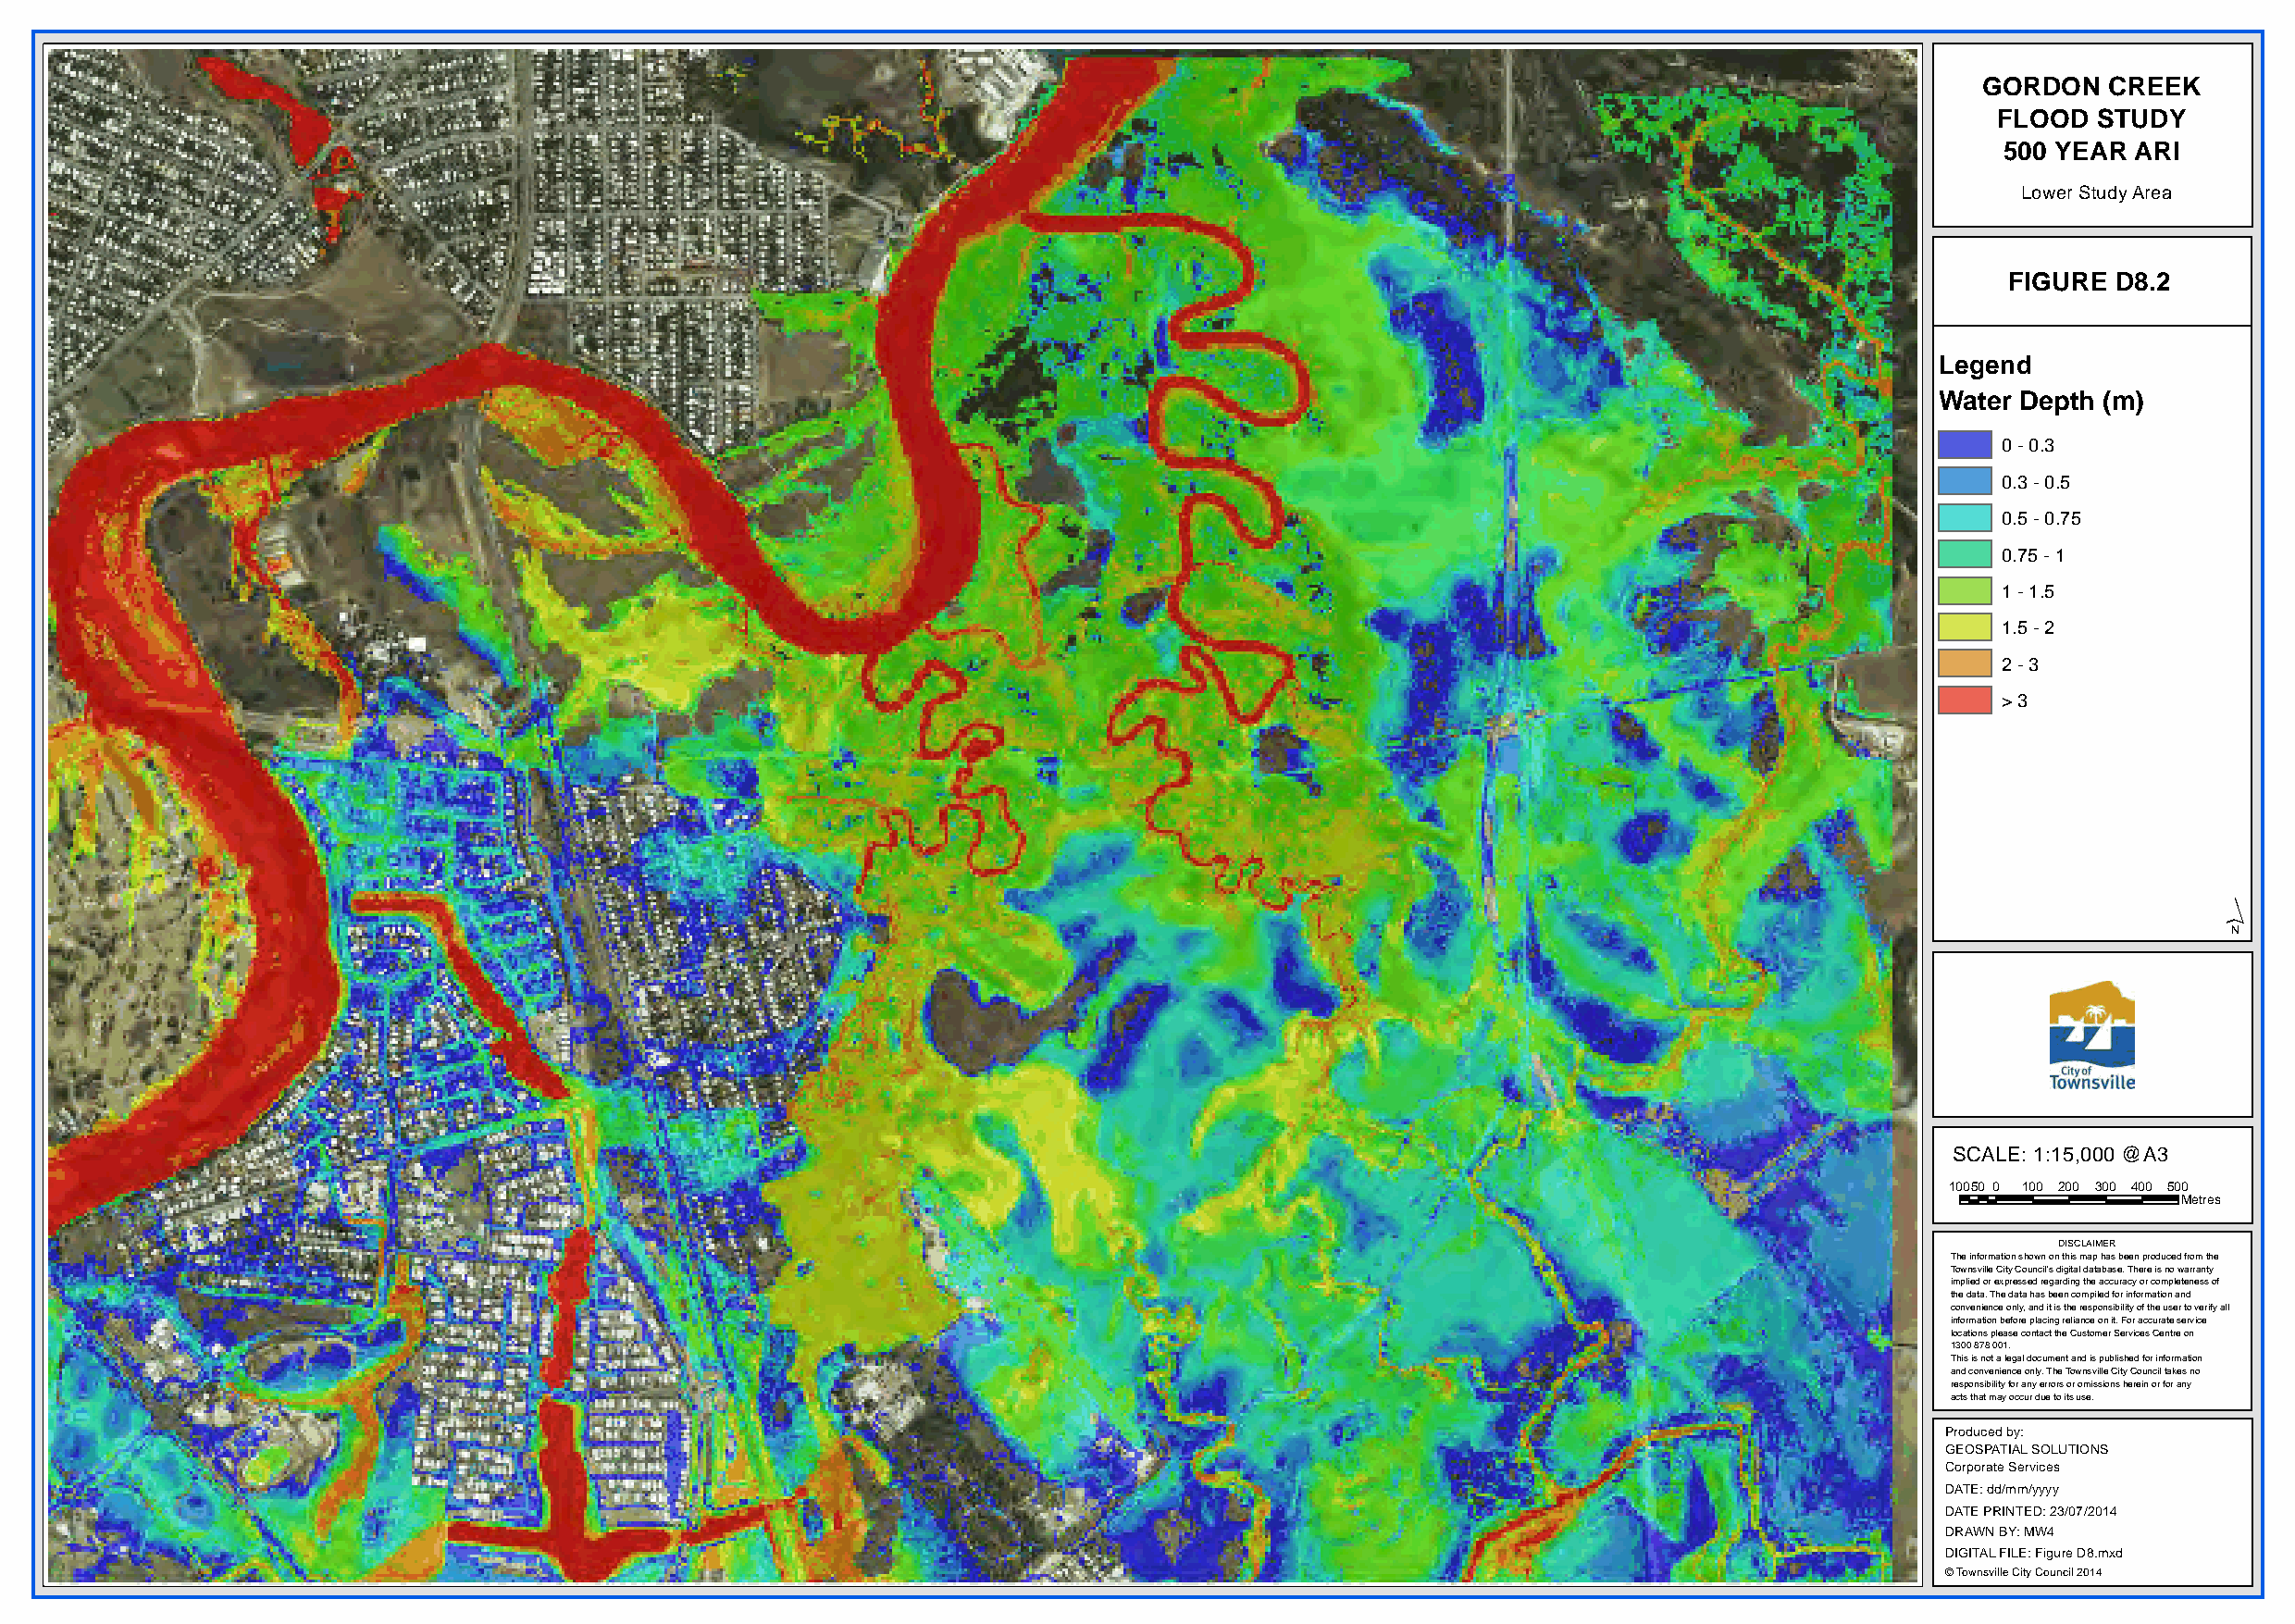
GORDON   CREEK
 FLOOD  STUDY
 500 YEAR  ARI
 Lower Study Area
 FIGURE D8.2
 Legend
 Water Depth (m)
 0 - 0.3
 0.3 - 0.5
 0.5 - 0.75
 0.75 - 1
 1 - 1.5
 1.5 - 2
 2 - 3
 > 3
 ´
 SCALE: 1:15,000 @A3
 10050 0 100 200 300 400 500
 Metres
 DISCLAIMER
 The information shown on this map has been produced from the
 Townsville City Council's digital database. There is no warranty
 implied or expressed regarding the accuracy or completeness of
 the data. The data has been compiled for information and
 convenience only, and it is the responsibility of the user to verify all
 information before placing reliance on it. For accurate service
 locations please contact the Customer Services Centre on
 1300 878 001.
 This is not a legal document and is published for information
 and convenience only. The Townsville City Council takes no
 responsibility for any errors or omissions herein or for any
 acts that may occur due to its use.
 Produced by:
 GEOSPATIAL SOLUTIONS
 Corporate Services
 DATE: dd/mm/yyyy
 DATE PRINTED: 23/07/2014
 DRAWN BY: MW4
 DIGITAL FILE: Figure D8.mxd
 © Townsville City Council 2014